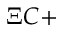
\Xi C +